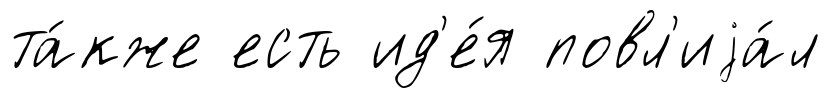
та́кже есть ид'е́я повл'иjа́л